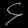
Digit: ၄